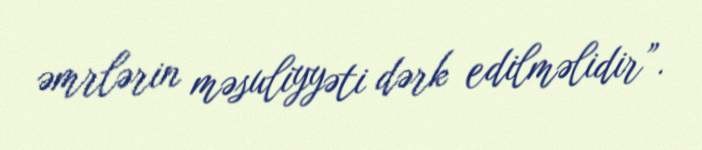
əmrlərin məsuliyyəti dərk edilməlidir”.